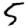
Digit: 5